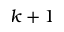
k + 1